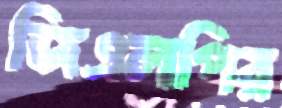
জিএলপির